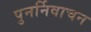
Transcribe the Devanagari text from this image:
पुनर्निवाचन